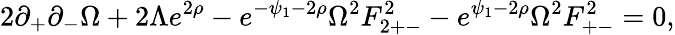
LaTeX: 2\partial_{+}\partial_{-}\Omega+2\Lambda e^{2\rho}-e^{-\psi_{1}-2\rho}\Omega^{2}F_{2+-}^{2}-e^{\psi_{1}-2\rho}\Omega^{2}F_{+-}^{2}=0,